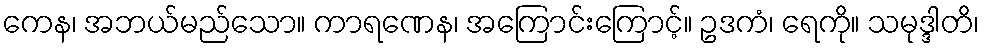
ကေန၊ အဘယ်မည်သော။ ကာရဏေန၊ အကြောင်းကြောင့်။ ဥဒကံ၊ ရေကို။ သမုဒ္ဒါတိ၊